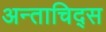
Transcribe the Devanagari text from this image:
अन्ताचिद्स